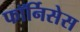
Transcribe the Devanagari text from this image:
फॉर्निसेस